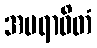
အပရာဓိတံ